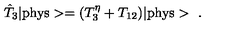
\hat { T } _ { 3 } | \mathrm { p h y s } > = ( T _ { 3 } ^ { \eta } + T \sb { 1 2 } ) | \mathrm { p h y s } > \ .